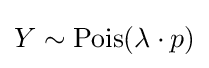
Y\sim \mathrm {Pois} (\lambda \cdot p)